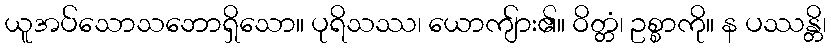
ယူအပ်သောသဘောရှိသော။ ပုရိသဿ၊ ယောကျ်ား၏။ ဝိတ္တံ၊ ဥစ္စာကို။ န ပဿန္တိ၊